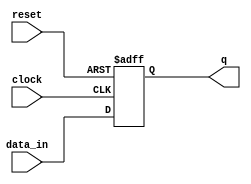
// This program was cloned from: https://github.com/FPGADude/Digital-Design
// License: GNU General Public License v3.0


module d_ff(
	input clock,
	input reset,
	input data_in,
	output reg q
);

	always @(posedge clock or negedge reset)
		if(~reset)
			q <= 0;
		else
			q <= data_in;

endmodule